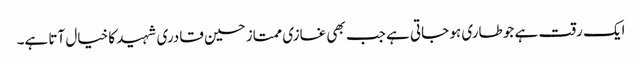
ایک رقت ہے جو طاری ہو جاتی ہے جب بھی غازی ممتاز حسین قادری شہید کا خیال آتا ہے۔